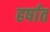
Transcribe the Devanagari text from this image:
हर्षात